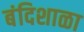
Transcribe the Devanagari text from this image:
बंदिशाळा